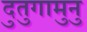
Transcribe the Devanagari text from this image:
दुतुगामुनु